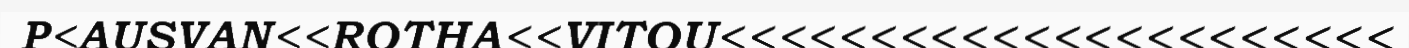
P<AUSVAN<<ROTHA<<VITOU<<<<<<<<<<<<<<<<<<<<<<